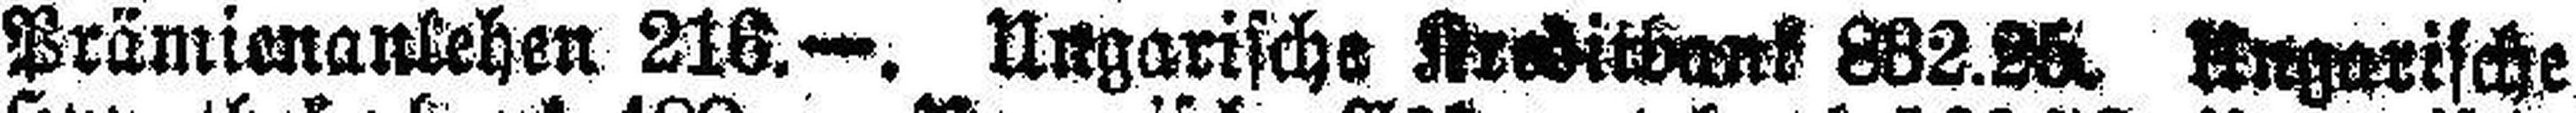
Prämienanlehen 216.—. Ungarische Kreditbank 882. 28. Ungarische